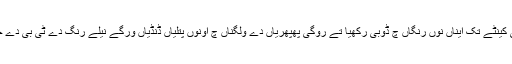
کوخ نے کئی کینٹے تک ایناں نوں رنگاں چ ڈوبی رکھیا تے روگی پھپھریاں دے ولگناں چ اونوں پتلیاں ڈنڈیاں ورگے نیلے رنگ دے ٹی بی دے جراسیم دسے۔